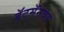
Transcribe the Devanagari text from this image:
बॅटमॅनवर